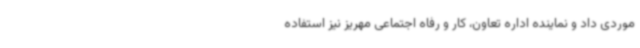
موردی داد و نماینده اداره تعاون، کار و رفاه اجتماعی مهریز نیز استفاده